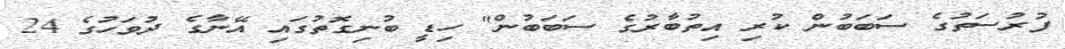
ފުރުސަތުގެ ސަބަބުން ކުރި އިތުބާރުގެ ސަބަބުން" ހިޑީ ބުނިގޮތުގައި އޭނާގެ ދުވަހުގެ 24